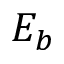
E _ { b }